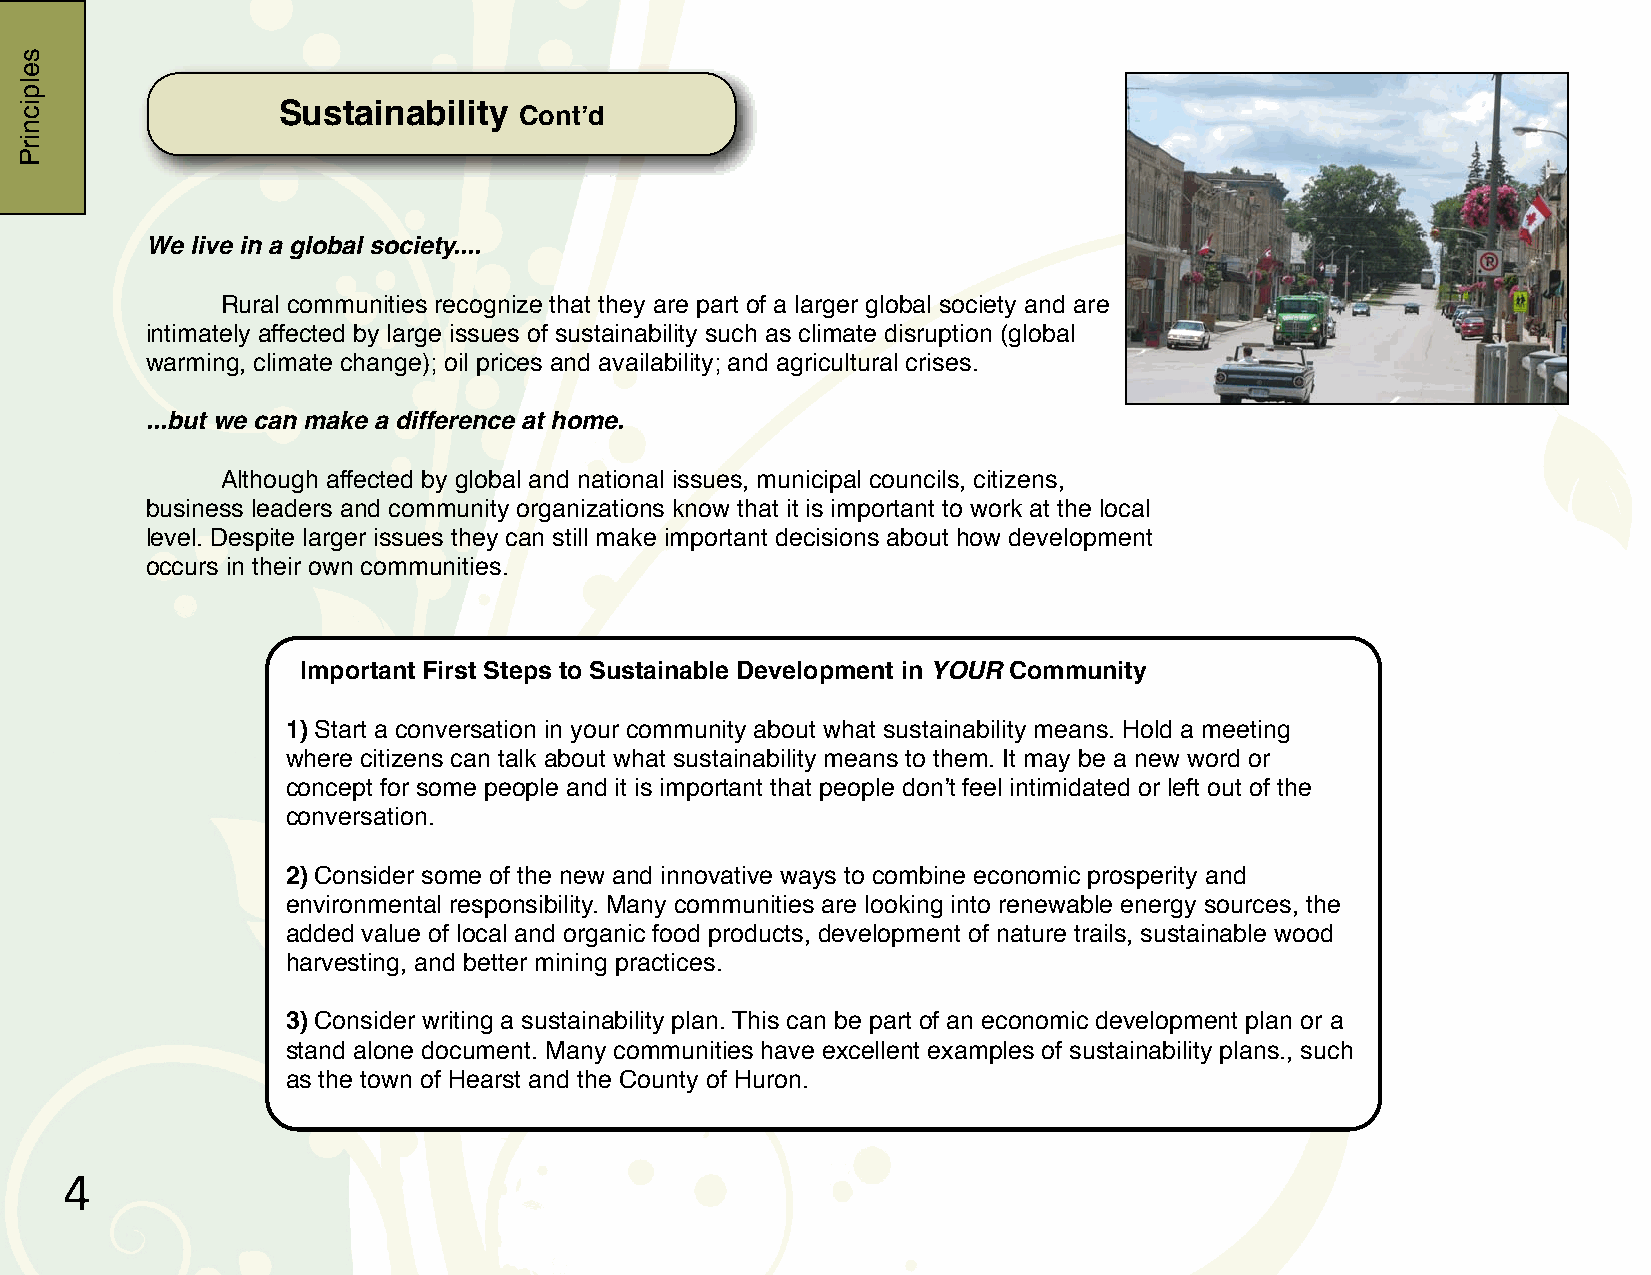
Sustainability
 Contʼd
 We live in a global society....
 !
 !    Rural communities recognize that they are part of a larger global society and are
 intimately affected by large issues of sustainability such as climate disruption (global
 warming, climate change); oil prices and availability; and agricultural crises.
 ...but we can make a difference at home.
 !    Although affected by global and national issues, municipal councils, citizens,
 business leaders and community organizations know that it is important to work at the local
 level. Despite larger issues they can still make important decisions about how development
 occurs in their own communities.
 Important First Steps to Sustainable Development in YOUR Community
 1) Start a conversation in your community about what sustainability means. Hold a meeting
 where citizens can talk about what sustainability means to them. It may be a new word or
 concept for some people and it is important that people donʼt feel intimidated or left out of the
 conversation.
 2) Consider some of the new and innovative ways to combine economic prosperity and
 environmental responsibility. Many communities are looking into renewable energy sources, the
 added value of local and organic food products, development of nature trails, sustainable wood
 harvesting, and better mining practices.
 3) Consider writing a sustainability plan. This can be part of an economic development plan or a
 stand alone document. Many communities have excellent examples of sustainability plans., such
 as the town of Hearst and the County of Huron.
 !
 selpicnirP